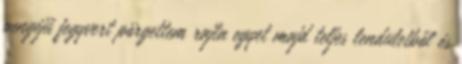
pengéjű fegyvert pörgettem rajta egyet majd teljes lendületből és